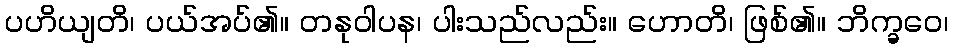
ပဟိယျတိ၊ ပယ်အပ်၏။ တနုဝါပန၊ ပါးသည်လည်း။ ဟောတိ၊ ဖြစ်၏။ ဘိက္ခဝေ၊